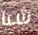
شيا